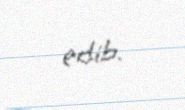
edib.